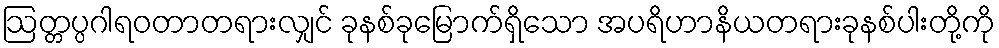
ဩတ္တပ္ပဂါရဝတာတရားလျှင် ခုနစ်ခုမြောက်ရှိသော အပရိဟာနိယတရားခုနစ်ပါးတို့ကို